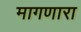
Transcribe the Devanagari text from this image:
मागणारा